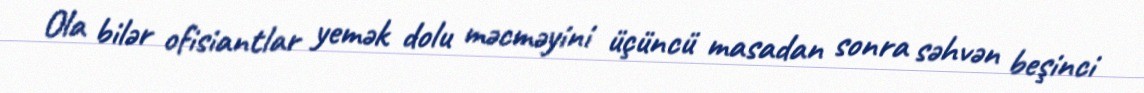
Ola bilər ofisiantlar yemək dolu məcməyini üçüncü masadan sonra səhvən beşinci